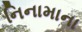
નિનામાના